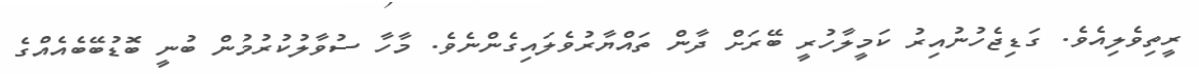
ރީތިވެލިއެވެ. ގަޑިޖެހުނުއިރު ކަމީލާހުރީ ބޭރަށް ދާން ތައްޔާރުވެލައިގެންނެވެ. މާހާ ސުވާލުކުރުމުން ބުނީ ބޮޑުބޭބެއެއްގެ